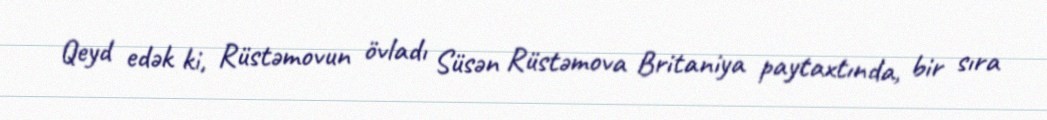
Qeyd edək ki, Rüstəmovun övladı Süsən Rüstəmova Britaniya paytaxtında, bir sıra